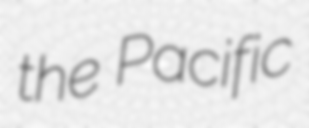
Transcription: the Pacific